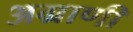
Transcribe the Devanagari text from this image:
अग्राणी